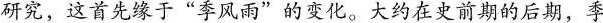
研究，这首先缘于”季风雨”的变化。大约在史前期的后期，季